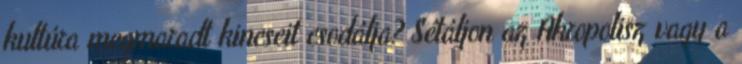
kultúra megmaradt kincseit csodálja? Sétáljon az Akropolisz vagy a